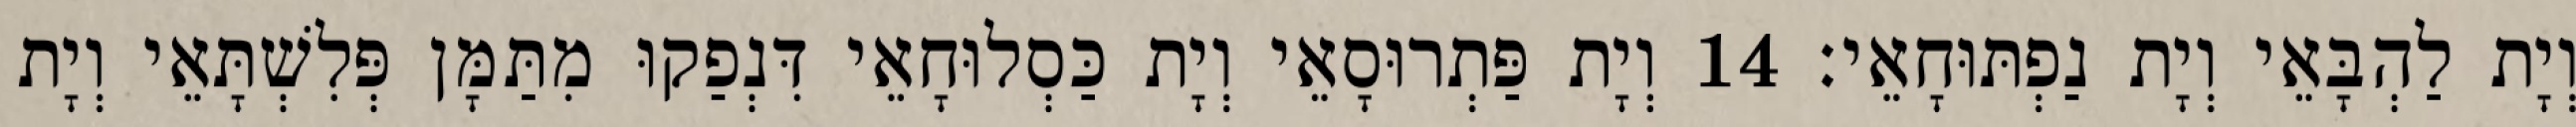
וְיָת לַהְבָּאֵי וְיָת נַפְתּוּחָאֵי׃ 14 וְיָת פַּתְרוּסָאֵי וְיָת כַּסְלוּחָאֵי דִּנְפַקוּ מִתַּמָּן פְּלִשְׁתָּאֵי וְיָת